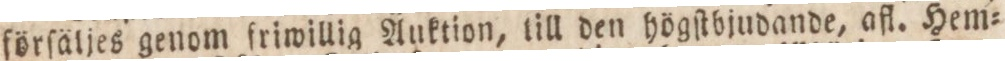
förſäljes genom friwillig Auktion, till den högſtbjudande, afl. Hem=